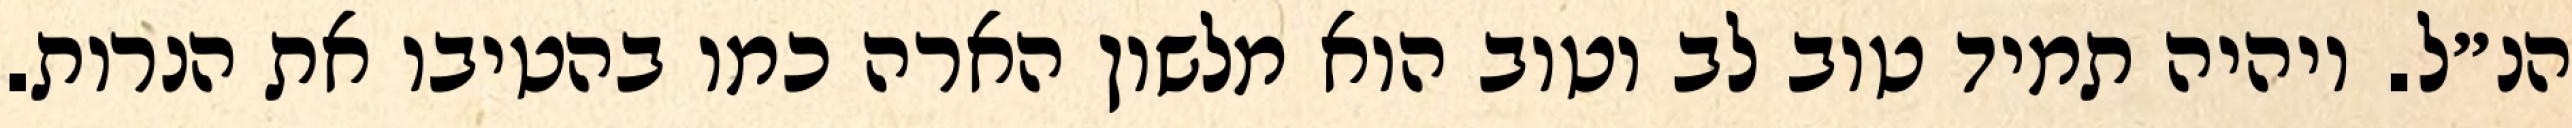
הנ״ל. ויהיה תמיד טוב לב וטוב הוא מלשון הארה כמו בהטיבו את הנרות.